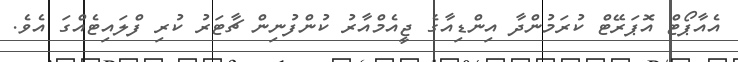
އެއާޕޯޓް އޮޕަރޭޓް ކުރަމުންދާ އިންޑިއާގެ ޖީއެމްއާރު ކުންފުނިން ޗާޓަރު ކުރި ފްލައިޓެއްގަ އެވެ.